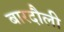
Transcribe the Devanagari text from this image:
बारदौली